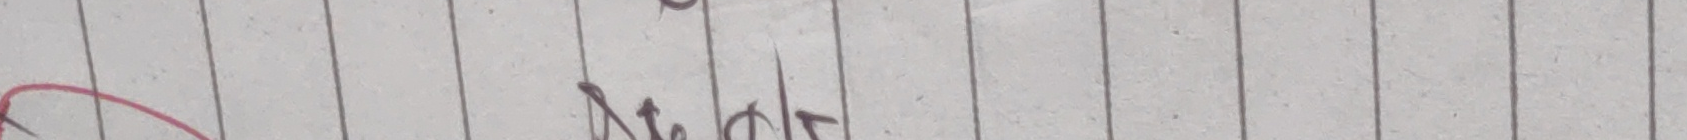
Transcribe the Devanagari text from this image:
Nवाते